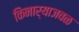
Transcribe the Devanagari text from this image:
किनार्याजवळ